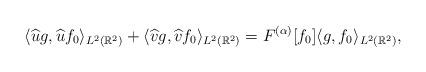
LaTeX: \begin{align*}\langle \widehat{u}g, \widehat{u}f_0 \rangle_{L^2 (\mathbb{R}^2)} + \langle \widehat{v}g, \widehat{v}f_0 \rangle_{L^2 (\mathbb{R}^2)} = F^{(\alpha)}[f_0] \langle g,f_0 \rangle_{L^2 (\mathbb{R}^2)},\end{align*}